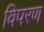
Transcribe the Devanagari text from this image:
विपरण